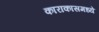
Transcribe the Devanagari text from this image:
काराकासमध्ये